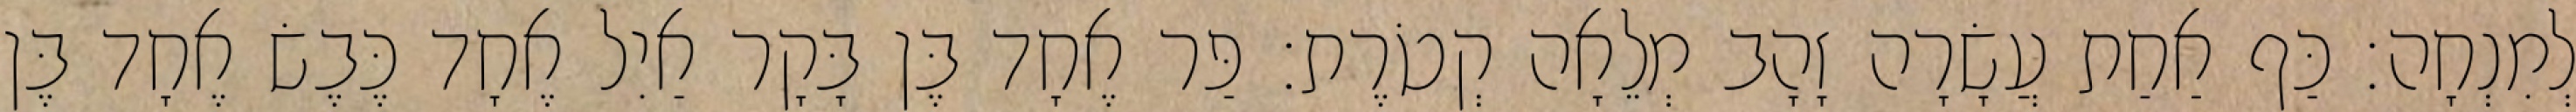
לְמִנְחָה׃ כַּף אַחַת עֲשָׂרָה זָהָב מְלֵאָה קְטֹרֶת׃ פַּר אֶחָד בֶּן בָּקָר אַיִל אֶחָד כֶּבֶשׂ אֶחָד בֶּן